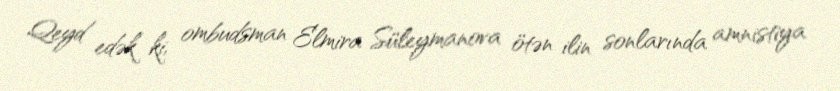
Qeyd edək ki, ombudsman Elmira Süleymanova ötən ilin sonlarında amnistiya